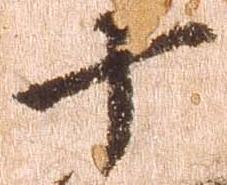
十